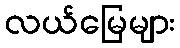
လယ်မြေများ